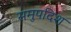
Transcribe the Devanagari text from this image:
समुपदिश